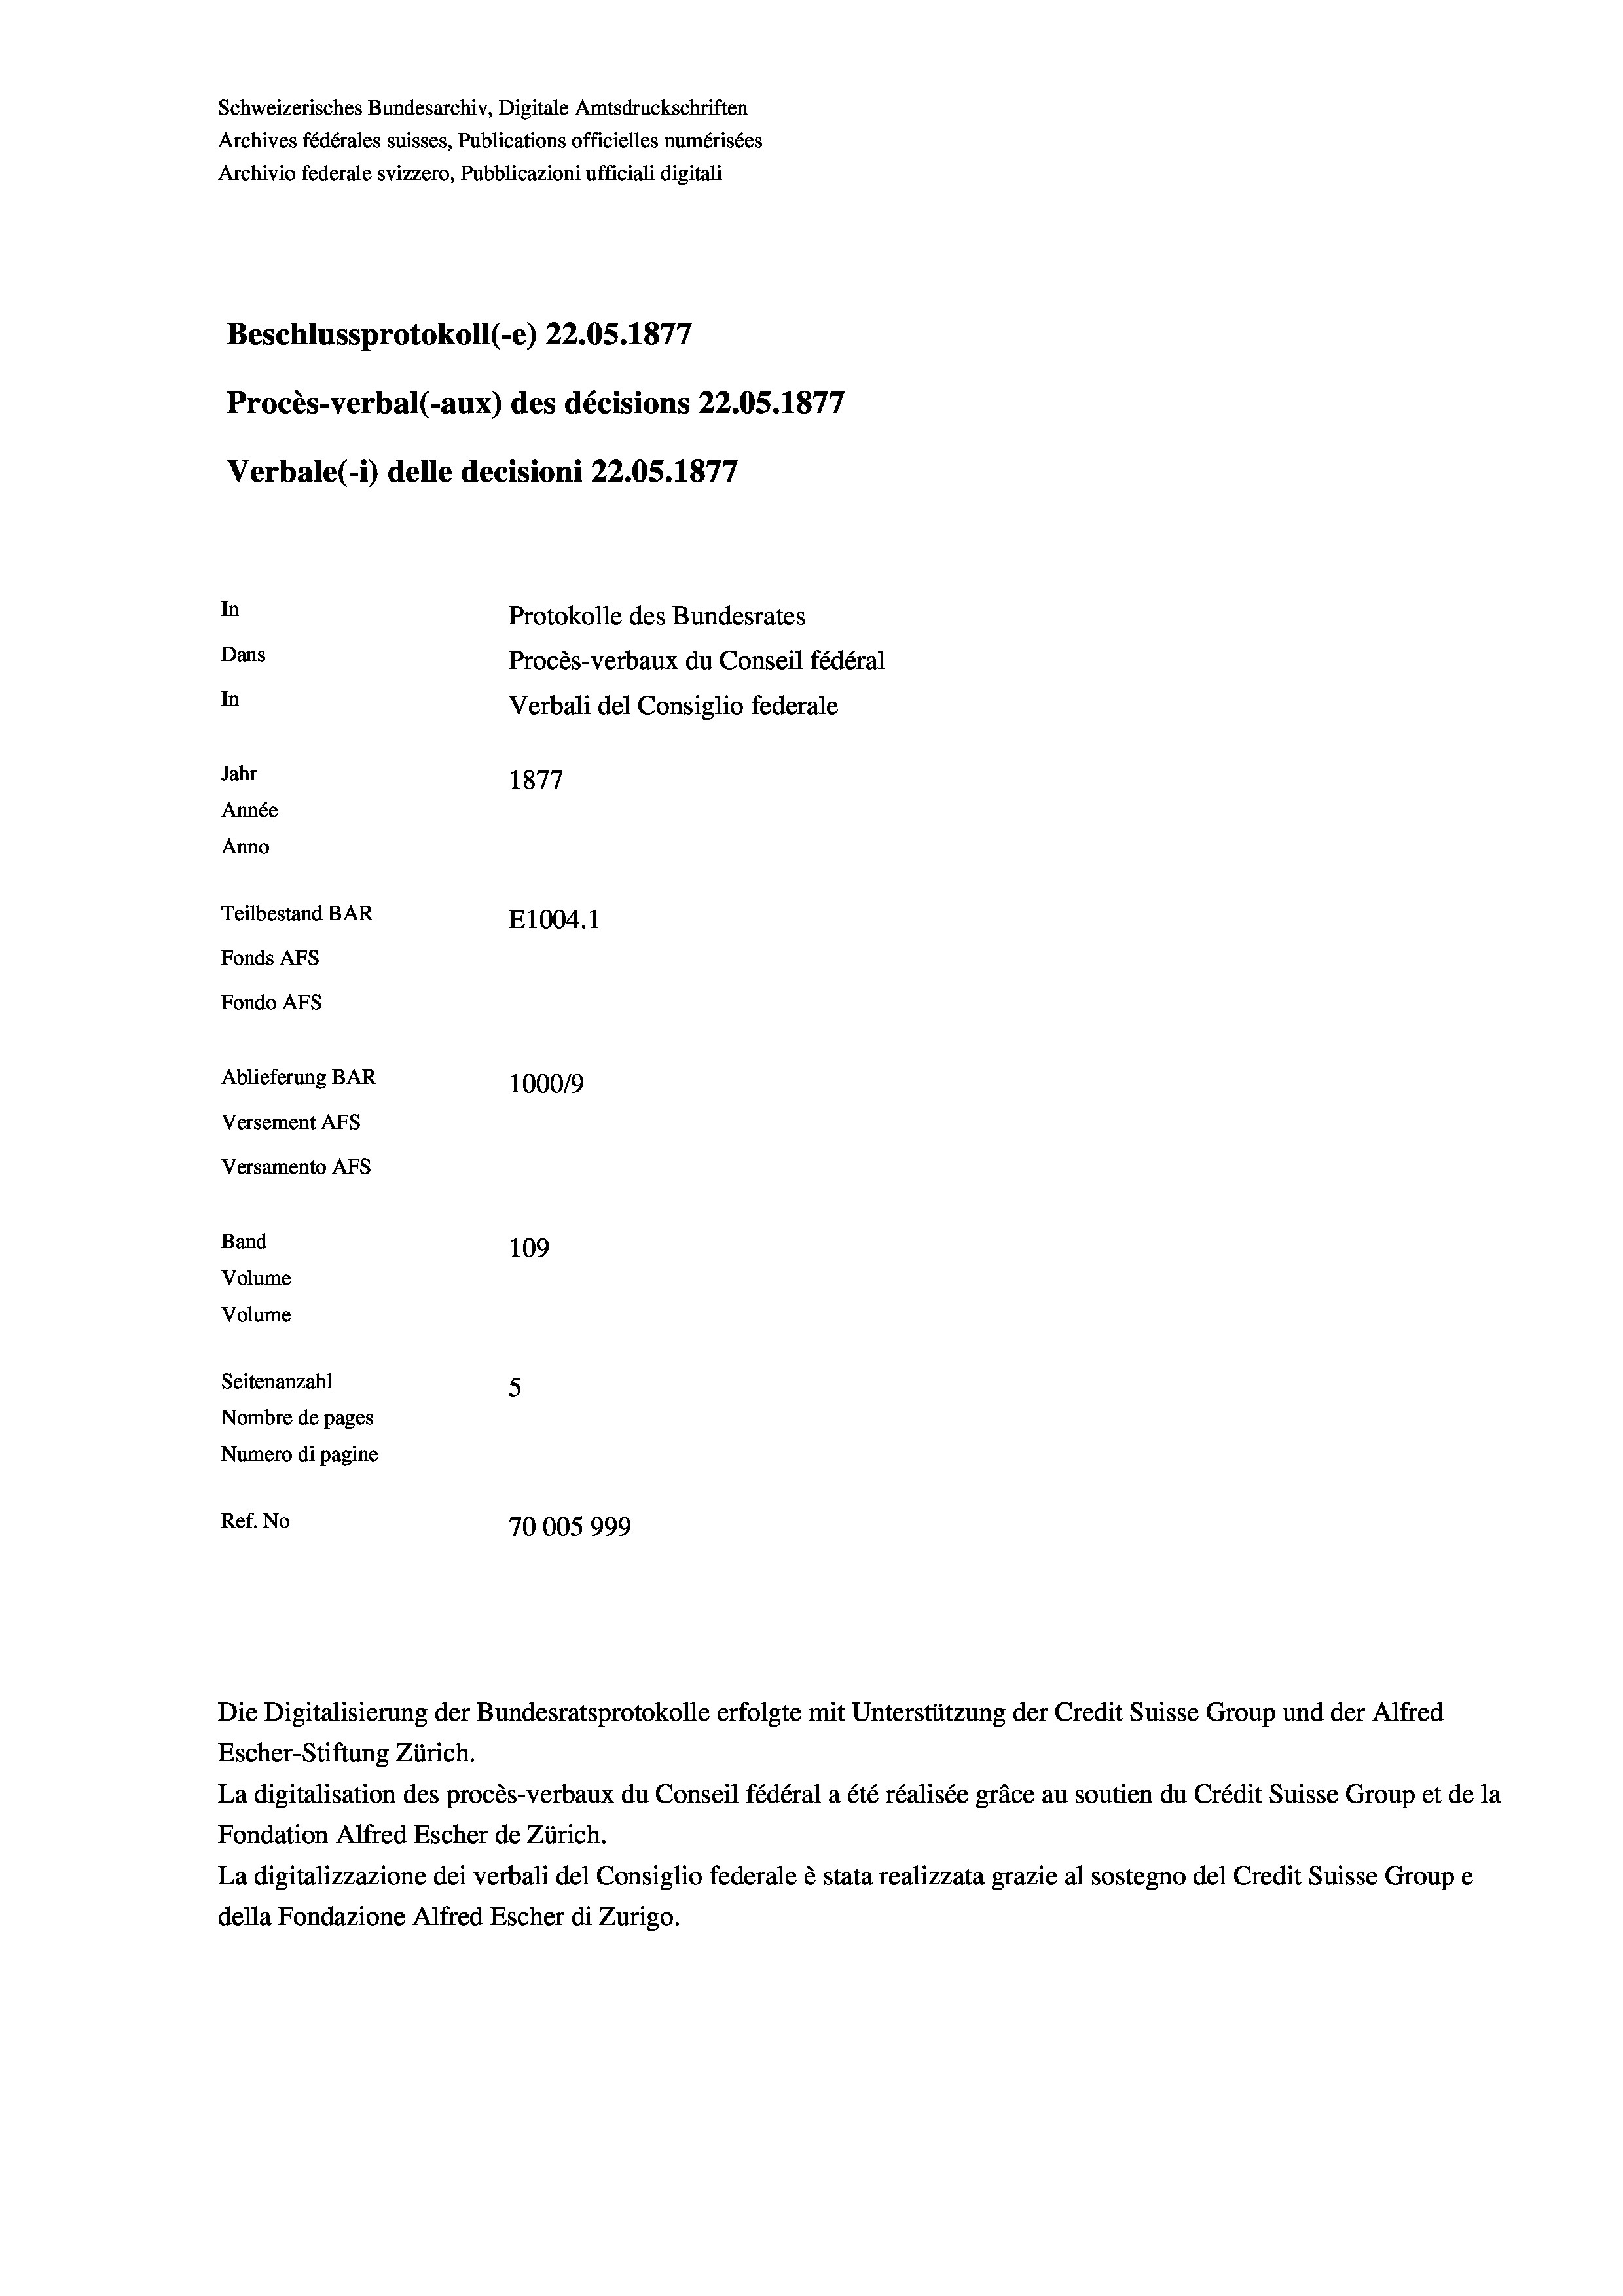
Schweizerisches Bundesarchiv, Digitale Amtsdruckschriften
Archives fédérales suisses, Publications officielles numérisées
Archivio federale svizzero, Pubblicazioni ufficiali digitali
Beschlussprotokoll (-e) 22.05. 1877
Procès-verbal (-aux) des décisions 22.05. 1877
Verbale(-*) delle decisioni 22.05. 1877
In
Protokolle des Bundesrates
Dans
Procès-verbaux du Conseil fédéral
In
Verbali del Consiglio federale
Jahr
1877
Année
Anno
Teilbestand BAR
E1004.1
Fonds AFs
Fondo AFS
Ablieferung BAR
1000/9
Versement AFS
Versamento AFs
Band
109
Volume
Volume
Seitenanzahl
5
Nombre de pages
Numero di pagine
Ref. No
70005999

Escher-Stiftung Zürich.
La digitalisation des procès-verbaux du Conseil fédéral a été réalisée gräce au soutien du Crédit Suisse Group et de la
Fondation Alfred Escher de Zürich.
La digitalizzazione dei verbali del Consiglio federale è stata realizzata grazie al sostegno del Credit Suisse Groupe
della Fondazione Alfred Escher di Zurigo.

Die Digitalisierung der Bundesratsprotokolle erfolgte mit Unterstützung der Credit Suisse Group und der Alfred